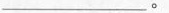
___。